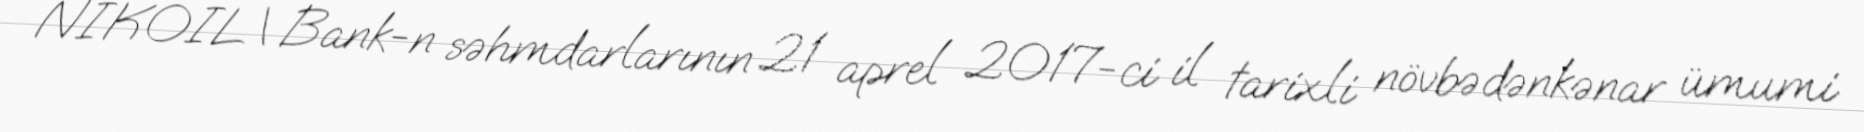
NIKOIL | Bank-n səhmdarlarının 21 aprel 2017-ci il tarixli növbədənkənar ümumi